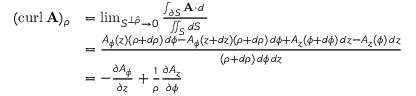
{ \begin{array} { r l } { ( \operatorname { c u r l } \mathbf { A } ) _ { \rho } } & { = \operatorname* { l i m } _ { S ^ { \perp { \boldsymbol { \hat { \rho } } } } \to 0 } { \frac { \int _ { \partial S } \mathbf { A } \cdot d \mathbf { \ell } } { \iint _ { S } d S } } } \\ & { = { \frac { A _ { \phi } ( z ) ( \rho + d \rho ) \, d \phi - A _ { \phi } ( z + d z ) ( \rho + d \rho ) \, d \phi + A _ { z } ( \phi + d \phi ) \, d z - A _ { z } ( \phi ) \, d z } { ( \rho + d \rho ) \, d \phi \, d z } } } \\ & { = - { \frac { \partial A _ { \phi } } { \partial z } } + { \frac { 1 } { \rho } } { \frac { \partial A _ { z } } { \partial \phi } } } \end{array} }